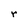
Character: r